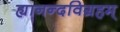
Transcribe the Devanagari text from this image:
ह्यानन्दविग्रहम्